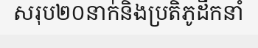
សរុប២០នាក់និងប្រតិភូដឹកនាំ